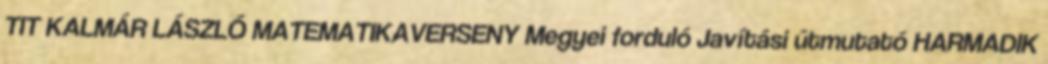
TIT KALMÁR LÁSZLÓ MATEMATIKAVERSENY Megyei forduló Javítási útmutató HARMADIK